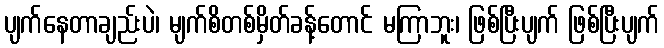
ပျက်နေတာချည်းပဲ၊ မျက်စိတစ်မှိတ်ခန့်တောင် မကြာဘူး၊ ဖြစ်ပြီးပျက် ဖြစ်ပြီးပျက်